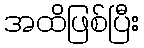
အထိဖြစ်ပြီး